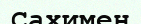
Сахимен